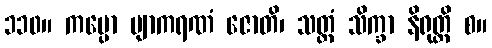
၁၁၀။ ကပ္ပော ဗျာကရဏံ ဇောတိ၊ သတ္ထံ သိက္ခာ နိရုတ္တိ စ။